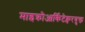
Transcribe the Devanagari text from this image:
माइक्रोआर्किटेक्चरयुक्त